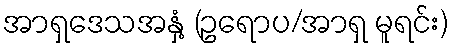
အာရှဒေသအနှံ့ (ဥရောပ/အာရှ မူရင်း)